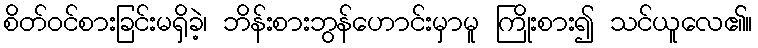
စိတ်ဝင်စားခြင်းမရှိခဲ့၊ ဘိန်းစားဘွန်ဟောင်းမှာမူ ကြိုးစား၍ သင်ယူလေ၏။